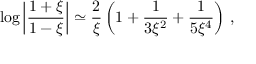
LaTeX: \log \left| \frac { 1 + \xi } { 1 - \xi } \right| \simeq \frac { 2 } { \xi } \left( 1 + \frac { 1 } { 3 \xi ^ { 2 } } + \frac { 1 } { 5 \xi ^ { 4 } } \right) \, ,